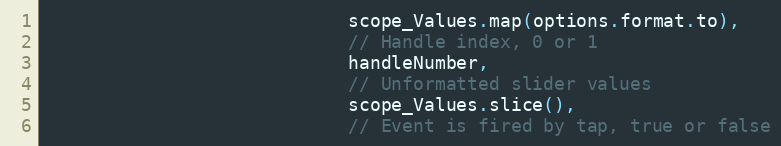
Language: JavaScript
                            scope_Values.map(options.format.to),
                            // Handle index, 0 or 1
                            handleNumber,
                            // Unformatted slider values
                            scope_Values.slice(),
                            // Event is fired by tap, true or false